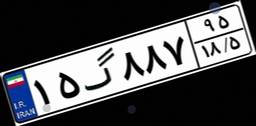
۱۵گ۸۸۷۹۵